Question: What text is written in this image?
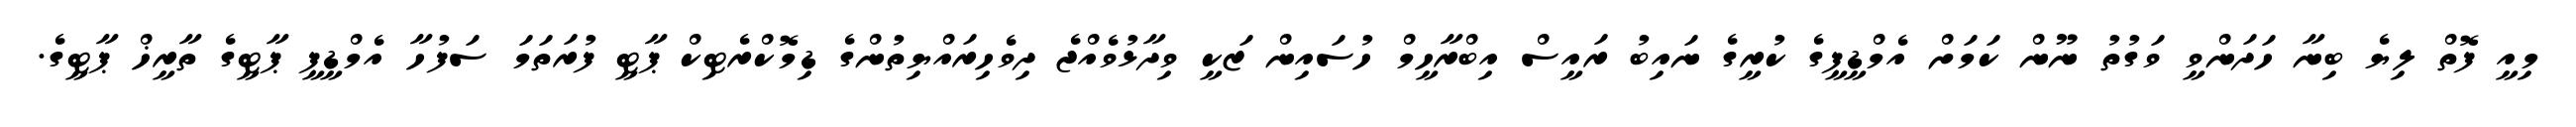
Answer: މިއީ ފޮތް ލިޔެ ބިނާ ހަދަންވީ ވަގުތު ނޫން ކަމަށް އެމްޑީޕީގެ ކުރީގެ ނައިބު ރައީސް އިބްރާހީމް ހުސައިން ޒަކީ ވިދާޅުވެއްޖެ ދިވެހިރައްޔިތުންގެ ޑިމޮކްރެޓިކް ޕާޓީ ފުރަތަމަ ސަފުހާ އެމްޑީޕީ ޕާޓީގެ ތާރީޚް ޕާޓީގެ.